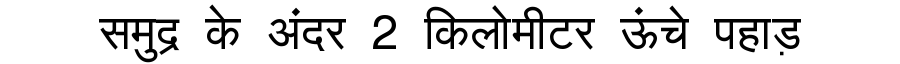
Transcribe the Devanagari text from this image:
समुद्र के अंदर 2 किलोमीटर ऊंचे पहाड़